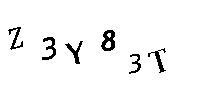
Z3Y83T